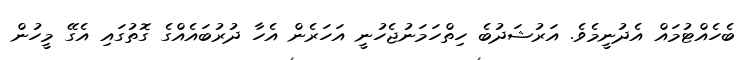
ބެހެއްޓުމައް އެދުނީމެވެ. އަރުޝަދުބެ ހިތްހަމަނުޖެހުނީ އަހަރެން އެހާ ދުރުބައެއްގެ ގޮތުގައި އެގޭ މީހުން